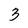
Character: 3